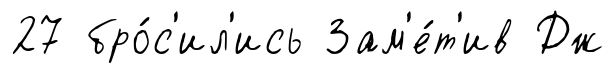
27 бро́с'ил'ись Зам'е́т'ив Дж